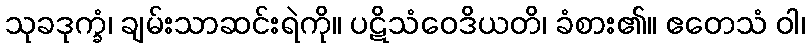
သုခဒုက္ခံ၊ ချမ်းသာဆင်းရဲကို။ ပဋိသံဝေဒိယတိ၊ ခံစား၏။ ဧတေသံ ဝါ၊